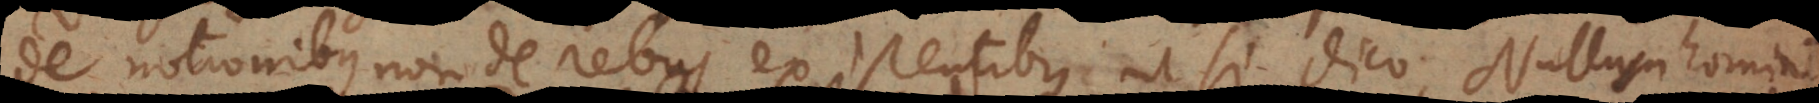
de notionibus non de rebus existentibus ut si dico Nullum hominem